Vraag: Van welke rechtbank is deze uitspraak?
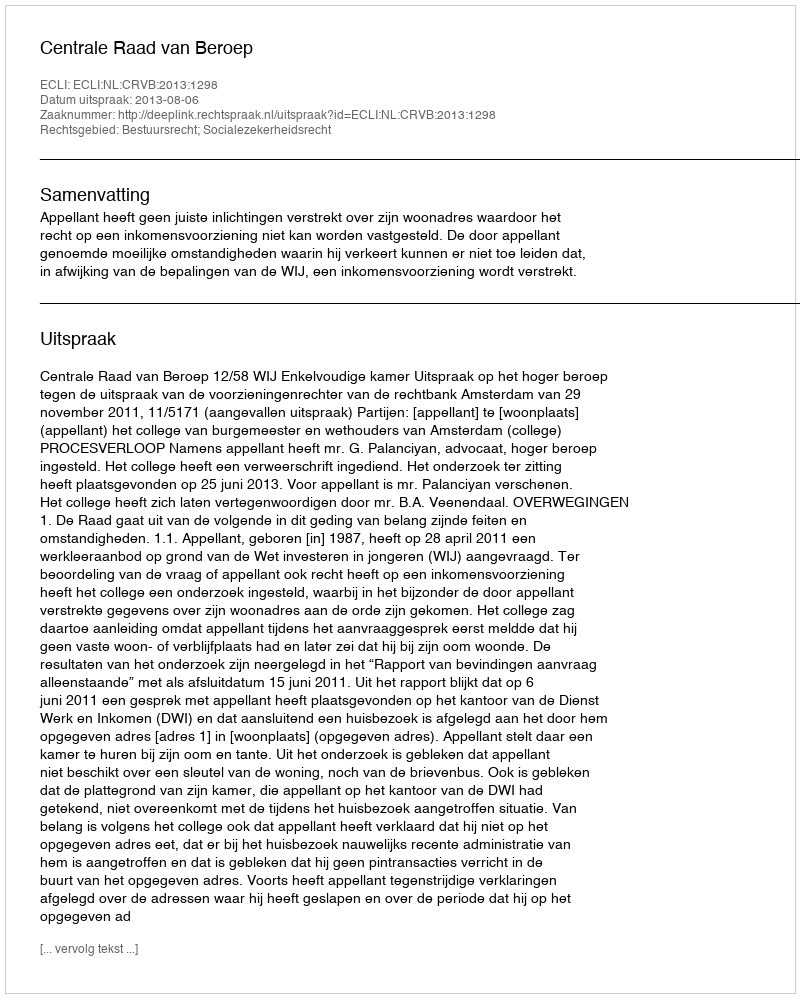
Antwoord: Centrale Raad van Beroep